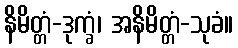
နိမိတ္တံ-ဒုက္ခံ၊ အနိမိတ္တံ-သုခံ။